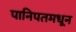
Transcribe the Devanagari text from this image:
पानिपतमधून